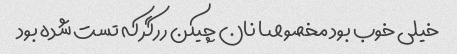
خیلی خوب بود مخصوصا نان چیکن ررگر که تست شده بود